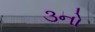
૩નો